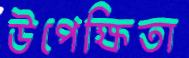
উপেক্ষিতা